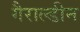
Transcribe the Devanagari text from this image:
गैराल्डीन